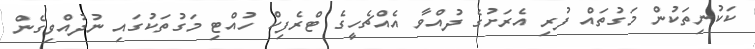
ކަކުނިތަކުން މަގުތައް ފުރި އެރަށުގެ ދުއްވާ އެއްޗެހީގެ ޓްރެފިކް ހުއްޓި މަގުތަކުގައި ނުދުއްވިގެން